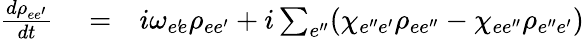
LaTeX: \begin{array}{rlr}{\frac{d\rho_{ee^{\prime}}}{dt}}&{{}=}&{i\omega_{e^{\prime}\! e}\rho_{ee^{\prime}}+i\sum_{e^{\prime\prime}}(\chi_{e^{\prime\prime}e^{\prime}}\rho_{ee^{\prime\prime}}-\chi_{ee^{\prime\prime}}\rho_{e^{\prime\prime}e^{\prime}})}\end{array}